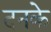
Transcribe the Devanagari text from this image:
दनके